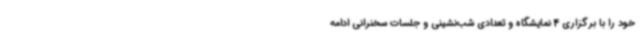
خود را با برگزاری 4 نمایشگاه و تعدادی شب‌نشینی و جلسات سخنرانی ادامه